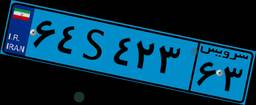
۶۴S۴۲۳۶۳